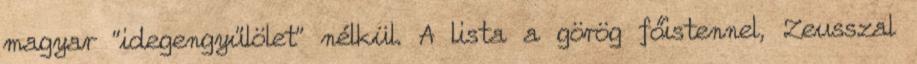
magyar "idegengyűlölet" nélkül. A lista a görög főistennel, Zeusszal